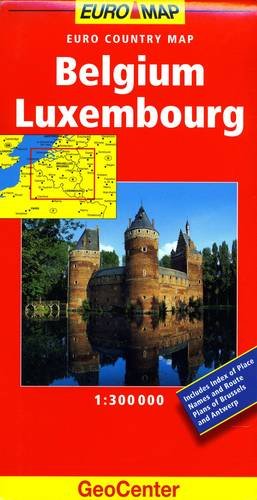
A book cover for Belgium/Luxembourg (GeoCenter Euro Country Maps); Travel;